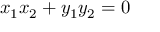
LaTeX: x _ { 1 } x _ { 2 } + y _ { 1 } y _ { 2 } = 0 \quad